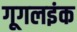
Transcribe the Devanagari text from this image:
गूगलइंक